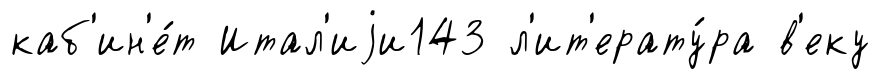
каб'ин'е́т Итал'иjи143 л'ит'ерату́ра в'еку